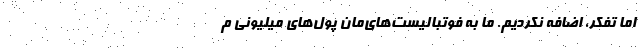
اما تفكر، اضافه نكرديم. ما به فوتباليست‌هاي‌مان پول‌هاي ميليوني م